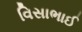
વિસાભાઈ